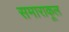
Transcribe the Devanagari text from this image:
समाराकूल